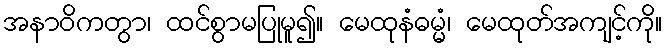
အနာဝိကတွာ၊ ထင်စွာမပြုမူ၍။ မေထုနံဓမ္မံ၊ မေထုတ်အကျင့်ကို။